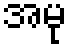
အမု